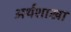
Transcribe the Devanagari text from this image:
अर्थशाखा